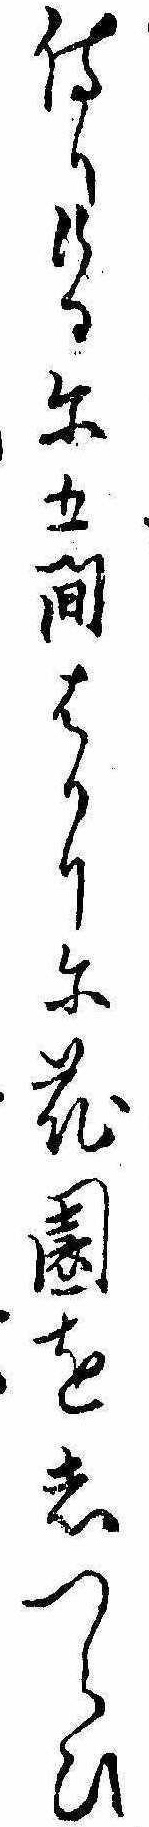
侍りけるに五間はかりに花園をしつらひ